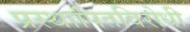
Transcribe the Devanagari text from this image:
प्रस्थापितविरोधी